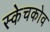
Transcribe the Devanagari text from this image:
स्केचकोव